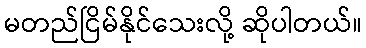
မတည်ငြိမ်နိုင်သေးလို့ ဆိုပါတယ်။